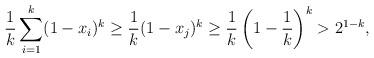
LaTeX: \begin{align*}\frac 1k \sum_{i=1}^k (1-x_i)^k \geq \frac 1k {(1-x_j)^k}\geq \frac 1k \left( 1- \frac 1k \right) ^k >2^{1-k},\end{align*}